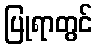
ပြုရာတွင်